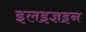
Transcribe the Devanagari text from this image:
इलइज्ञइन